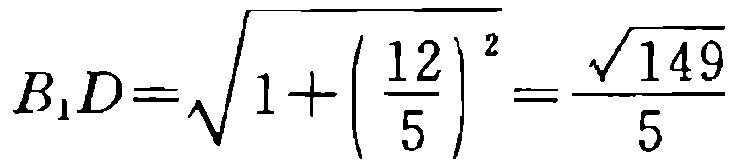
\(B_{1}D=\sqrt{1+\left(\frac{12}{5}\right)^{2}}=\frac{\sqrt{149}}{5}\)